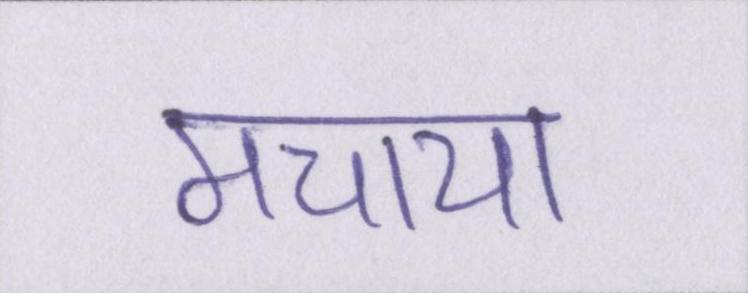
मचाया